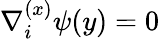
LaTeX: \nabla_{i}^{(x)}\psi(y)=0